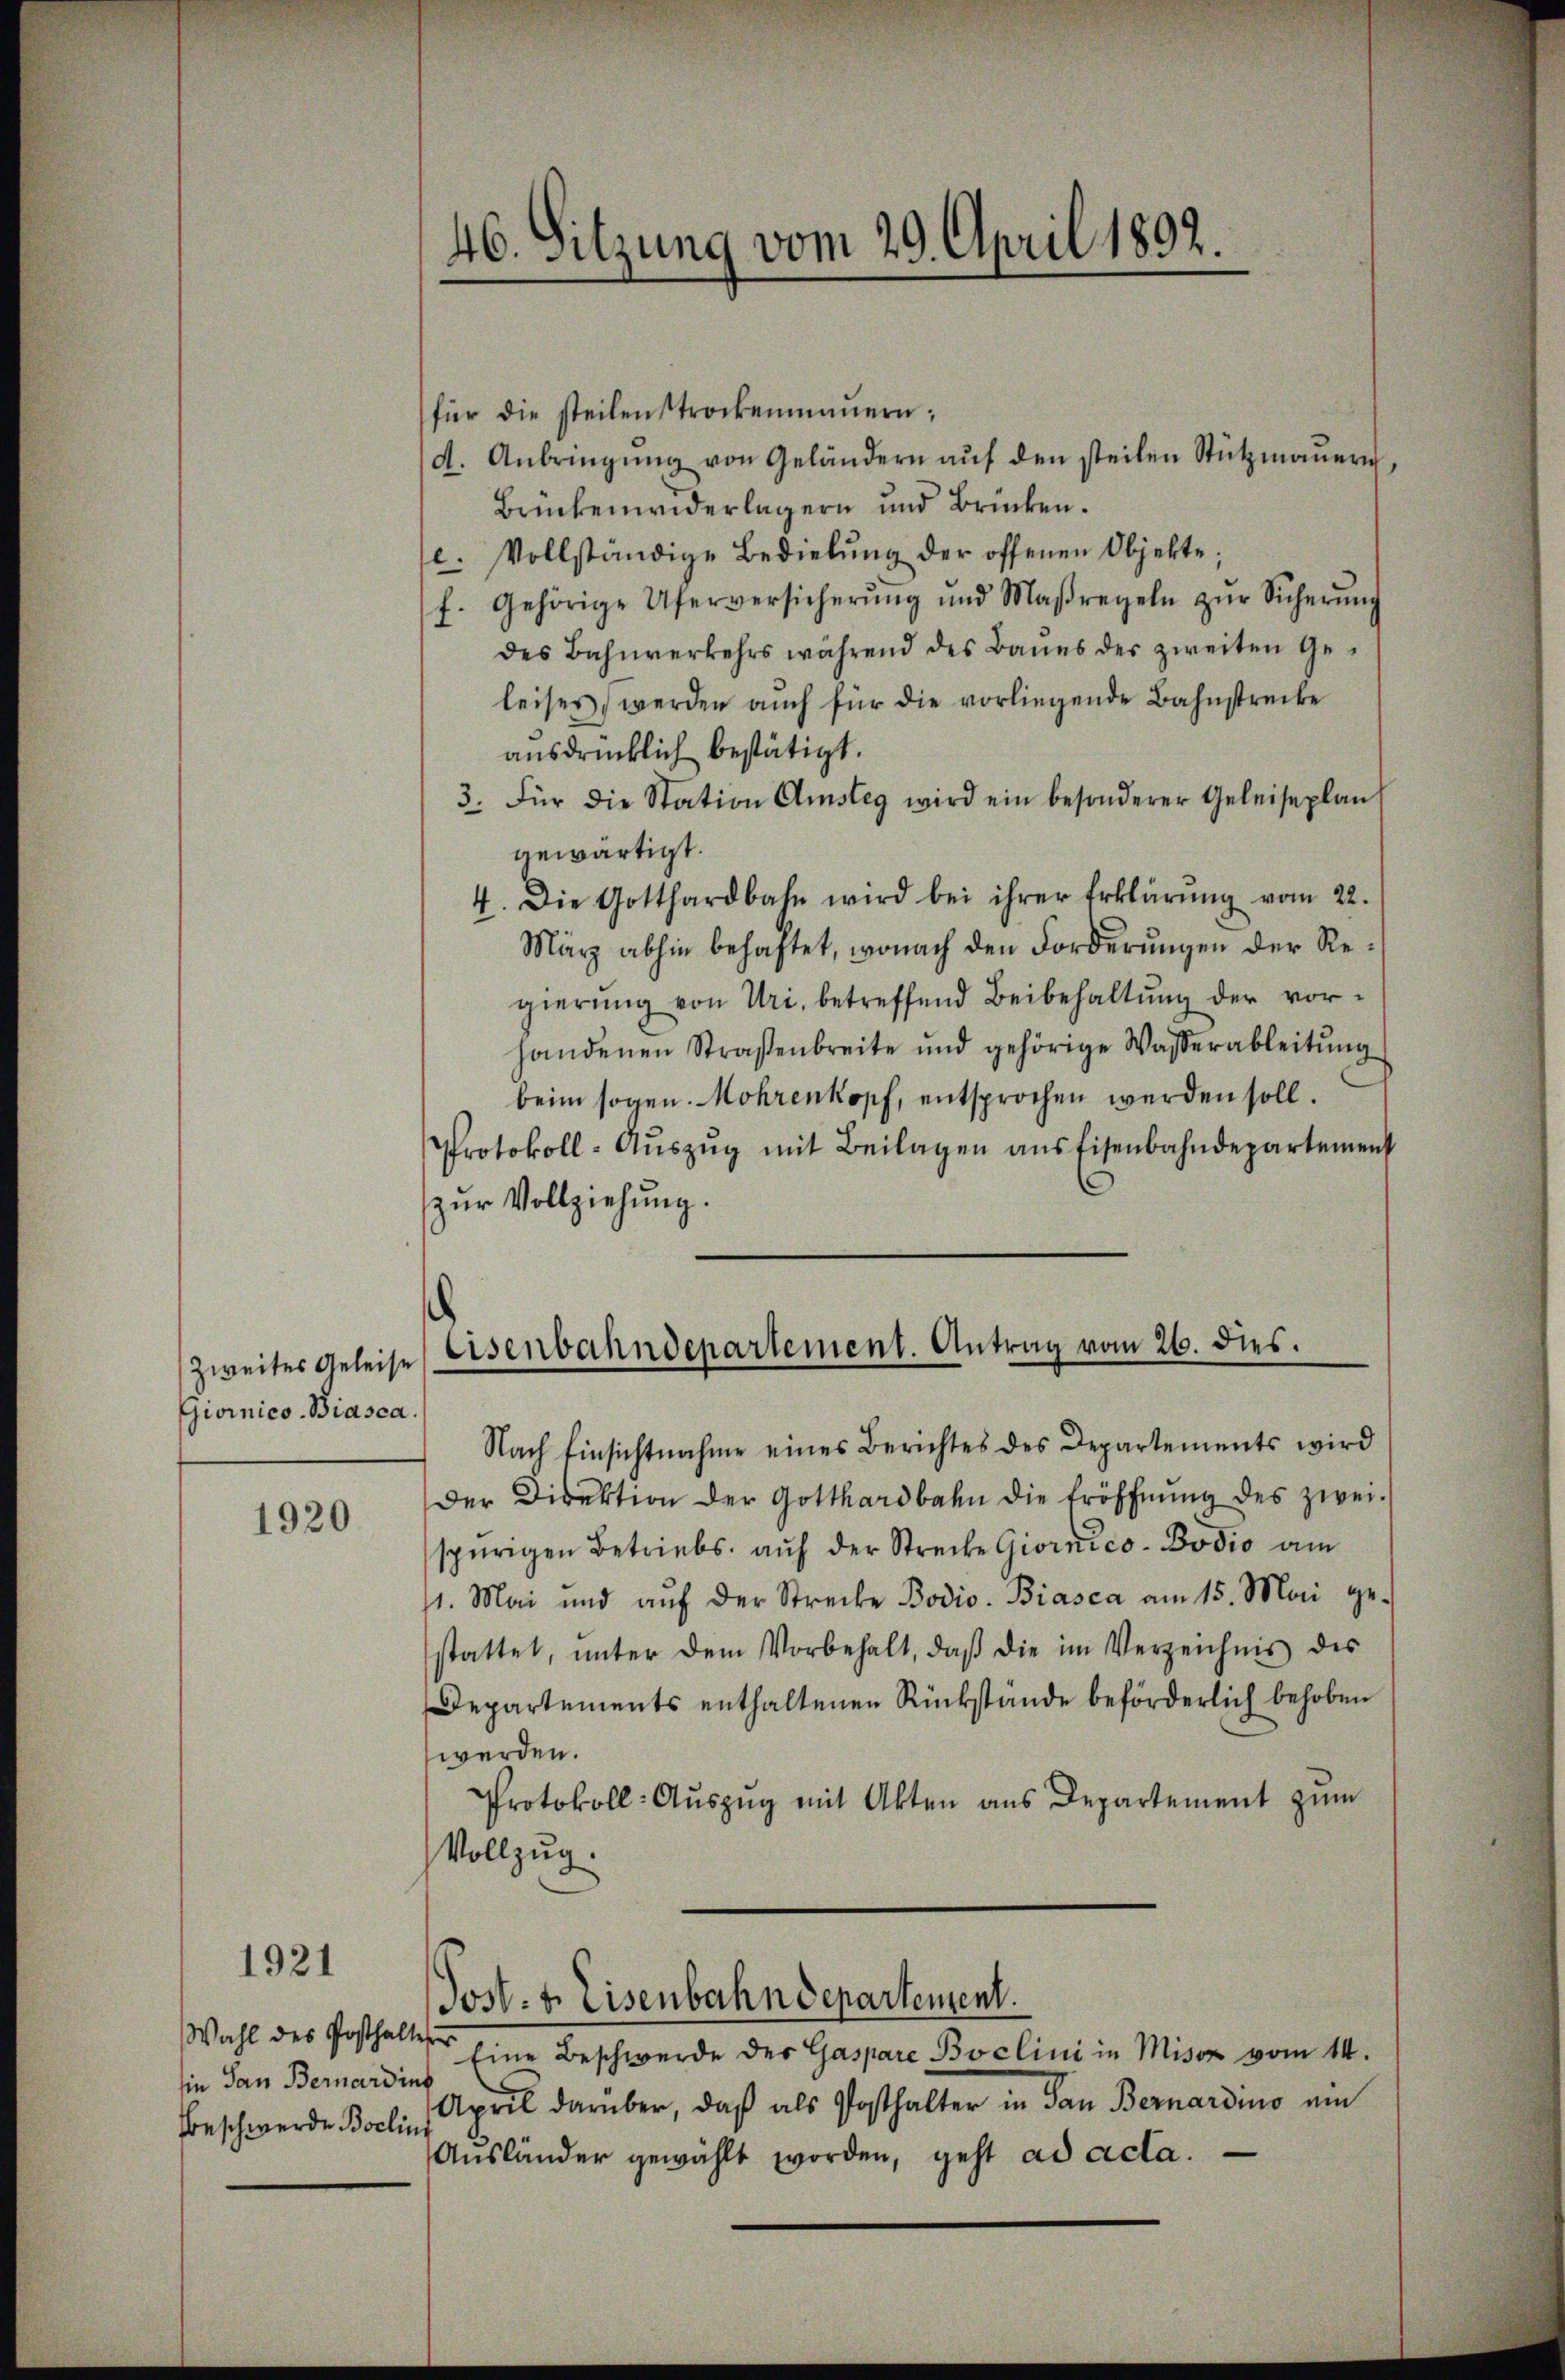
Zweites Geleise
Giornico- Biasca.

1920.

1921

sie dan Bernardins
Beschwerde Boclin,

46. Sitzung vom 29. April 1892.

Eisenbahndepartement. Antrag vom 26. dies.

für die steilenstrockenmaŭern;
d. Anbringŭng von Geländern aŭf den steilen Stützmaŭern,
Brückenwiderlagern und Brücken.
e. Vollständige Bediebŭng der offenen Objekte.
f. Gehörige Uferversicherŭng und Maßregeln zŭr Sicherŭng
des Bahnverkehrs während des Baues der zweiten Ge-
leises werden aŭch für die vorliegende Bahnstrecke
ausdrücklich bestätigt.
3. Für die Station Amsteg wird ein besonderer Geleiseplan
gewärtigt.
4. Die Gotthardbahn wird bei ihrer Erklärŭng vom 22.
März abhin behaftet, wonach den Forderŭngen der Regierŭng von Uri, betreffend Beibehaltŭng der vor-
handenen Straßenbreite und gehörige Wasserableitŭng
beim sogen. Mohrenkopf, entsprochen werden soll.
Protokoll-Aŭszŭg mit Beilagen aus Eisenbahndepartement
zur Vollziehung.

Nach Einsichtnahme eines Berichtes des Departements wird
Der Direktion der Gotthardbahn die Eröffnŭng des zwei-
spurigen Betriebs, auf der Strecke Giornico - Podio am
11. Mai und aŭf der Strecke Bodio. Biasca am 15. Mai ge-
stattet, ŭnter dem Vorbehalt, daβ die im Verzeichnis des
Departements enthaltenen Rückstände beförderlich behoben
werden.
Protokoll- Aŭszŭg mit Akten aus Departement zŭm
Vollzug.
Wahl des Posthalter Eine Beschwerde des Gaspare Boclini in Miser vom 14.
April darüber, daß als Posthalter in San Bernardino ein
Ausländer gewählt worden, geht ad acta.

Jos. f. Eisenbahndepartement.